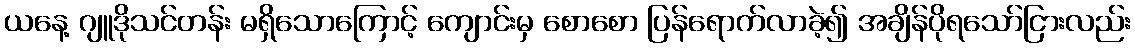
ယနေ့ ဂျူဒိုသင်တန်း မရှိသောကြောင့် ကျောင်းမှ စောစော ပြန်ရောက်လာခဲ့၍ အချိန်ပိုရသော်ငြားလည်း